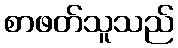
စာဖတ်သူသည်